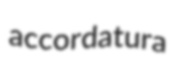
accordatura